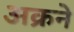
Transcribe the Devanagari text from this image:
अक्रने